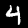
Label: 4